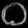
Digit: ၀